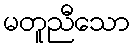
မတူညီသော